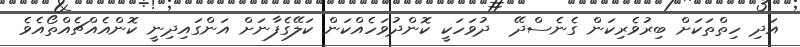
އަދި ހިތްތަކަށް ބިރުވެރިކަން ގެނެސްދޭ  ދުވަހަކީ ކޮންދުވަހެއްކަން ކަލޭގެފާނަށް އަންގައިދިނީ ކޮންއެއްޗެއްތޯއެވެ